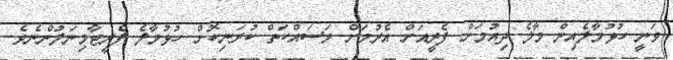
ވަނީ ހުޅުމާލެއިން މާލެ ދިއުމަށް ފެރީއަށް އެރުމަށް މަސައްކަތް ކުރަނިކޮށް ހުޅުމާލެ ފެރީޓާމިނަލުންނެވެ.